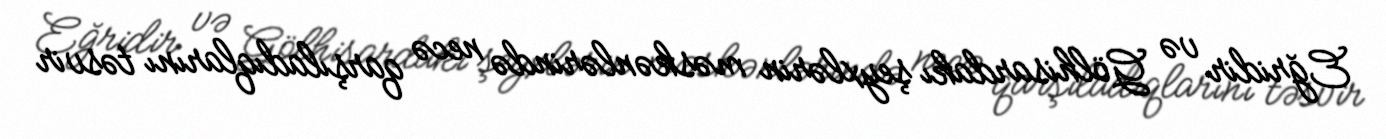
Eğridir və Gölhisardakı şeyxlərin məskənlərində necə qarşıladıqlarını təsvir